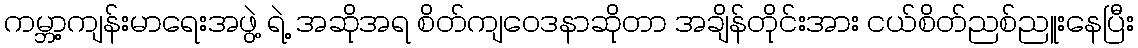
ကမ္ဘာ့ကျန်းမာရေးအဖွဲ့ ရဲ့ အဆိုအရ စိတ်ကျဝေဒနာဆိုတာ အချိန်တိုင်းအား ငယ်စိတ်ညစ်ညူးနေပြီး